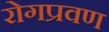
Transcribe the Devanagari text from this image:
रोगप्रवण